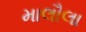
માલૌલા